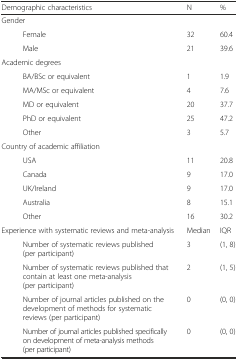
| <COLSPAN=2> Demographic characteristics | N | % |
 | --- | --- | --- | --- |
 | <COLSPAN=2> Gender |  |  |
 |  | Female | 32 | 60.4 |
 |  | Male | 21 | 39.6 |
 | <COLSPAN=2> Academic degrees |  |  |
 |  | BA/BSc or equivalent | 1 | 1.9 |
 |  | MA/MSc or equivalent | 4 | 7.6 |
 |  | MD or equivalent | 20 | 37.7 |
 |  | PhD or equivalent | 25 | 47.2 |
 |  | Other | 3 | 5.7 |
 | <COLSPAN=2> Country of academic affiliation |  |  |
 |  | USA | 11 | 20.8 |
 |  | Canada | 9 | 17.0 |
 |  | UK/Ireland | 9 | 17.0 |
 |  | Australia | 8 | 15.1 |
 |  | Other | 16 | 30.2 |
 | <COLSPAN=2> Experience with systematic reviews and meta-analysis | Median | IQR |
 |  | Number of systematic reviews published (per participant) | 3 | (1, 8) |
 |  | Number of systematic reviews published that contain at least one meta-analysis (per participant) | 2 | (1, 5) |
 |  | Number of journal articles published on the development of methods for systematic reviews (per participant) | 0 | (0, 0) |
 |  | Number of journal articles published specifically on development of meta-analysis methods (per participant) | 0 | (0, 0) |